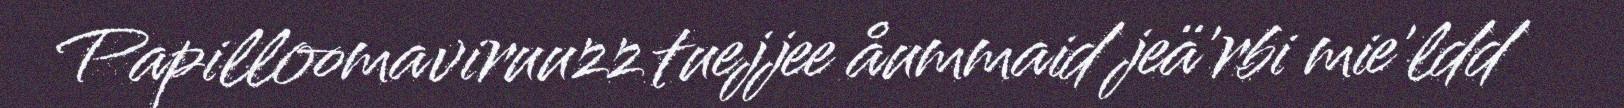
Papilloomaviruuzz tuejjee åummaid jeä'rbi mie'ldd